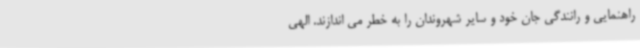
راهنمایی و رانندگی جان خود و سایر شهروندان را به خطر می اندازند. الهی